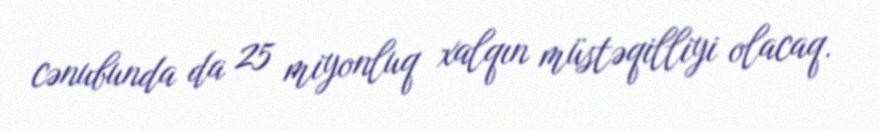
cənubunda da 25 miyonluq xalqın müstəqilliyi olacaq.